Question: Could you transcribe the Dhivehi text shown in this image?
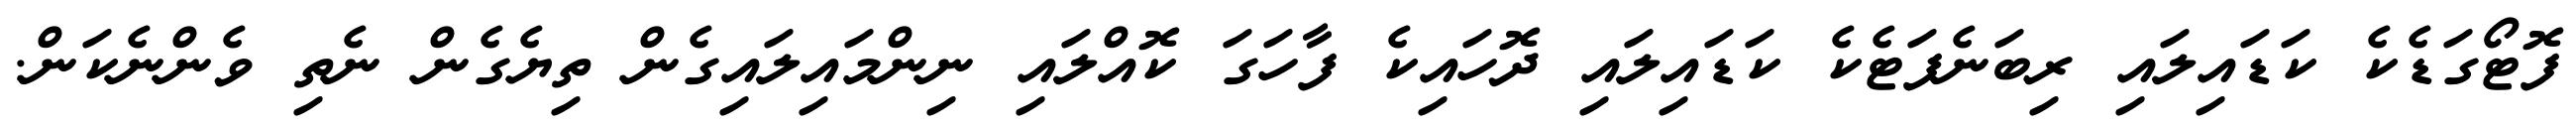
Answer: ފޮޓޯގަޑެކެ ކަޑައިލައި ރިބަނެފަޓެކެ ކަޑައިލައި ދޮހައިކެ ފާހަގަ ކޮއްލައި ނިންމައިލައިގެން ތިޔެގެން ނެތި ވެންނެކަން.